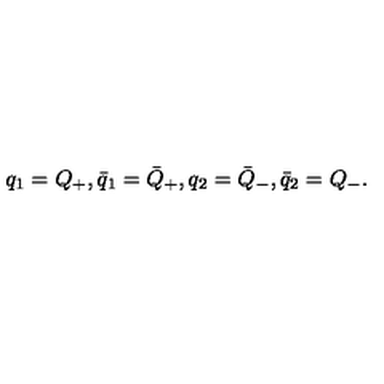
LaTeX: q _ { 1 } = Q _ { + } , \bar { q } _ { 1 } = \bar { Q } _ { + } , q _ { 2 } = \bar { Q } _ { - } , \bar { q } _ { 2 } = Q _ { - } .